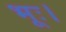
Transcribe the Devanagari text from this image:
भूः।